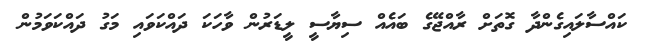
ކައްސާލައިގެންދާ ގޮތަށް ރާއްޖޭގެ ބައެއް ސިޔާސީ ލީޑަރުން ވާހަކަ ދައްކަވައި މަގު ދައްކަވަމުން